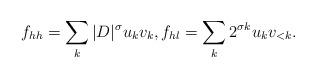
LaTeX: \begin{align*}f_{hh} = \sum_k |D|^{\sigma} u_k v_k, f_{hl} = \sum_k 2^{\sigma k} u_kv_{<k}.\end{align*}